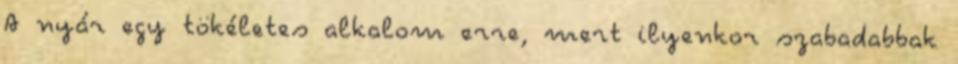
A nyár egy tökéletes alkalom erre, mert ilyenkor szabadabbak